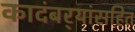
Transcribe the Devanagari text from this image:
कादंबर्‍यांसहित